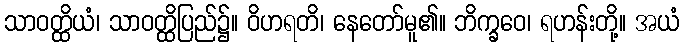
သာဝတ္ထိယံ၊ သာဝတ္ထိပြည်၌။ ဝိဟရတိ၊ နေတော်မူ၏။ ဘိက္ခဝေ၊ ရဟန်းတို့။ အယံ